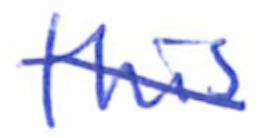
Text: this
Cross-out: diagonal
Writing tool: ballpoint